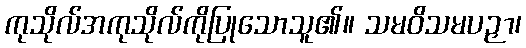
ကုသိုလ်အကုသိုလ်ကိုပြုသောသူ၏။ သမဝိသမပဉှာ၊